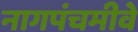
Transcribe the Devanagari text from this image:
नागपंचमीवे